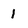
Character: 1